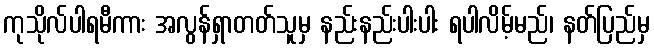
ကုသိုလ်ပါရမီကား အလွန်ရှာတတ်သူမှ နည်းနည်းပါးပါး ရပါလိမ့်မည်၊ နတ်ပြည်မှ